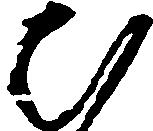
ひ